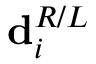
\mathbf { d } _ { i } ^ { R / L }